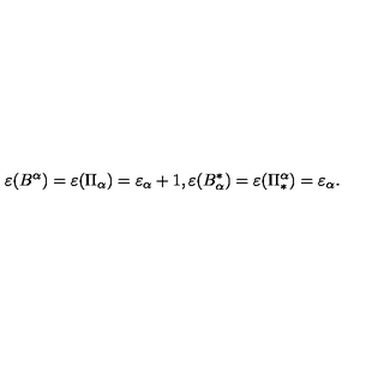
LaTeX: \varepsilon ( B ^ { \alpha } ) = \varepsilon ( \Pi _ { \alpha } ) = \varepsilon _ { \alpha } + 1 , \varepsilon ( B _ { \alpha } ^ { \ast } ) = \varepsilon ( \Pi _ { \ast } ^ { \alpha } ) = \varepsilon _ { \alpha } .